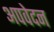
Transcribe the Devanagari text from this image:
अपवेदन